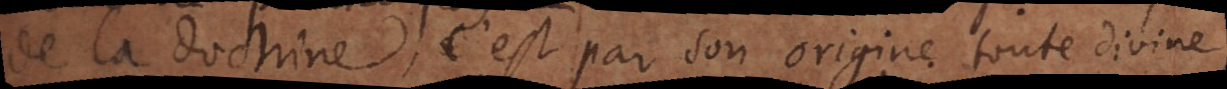
de la doctrine, c’est par son origine toute divine,